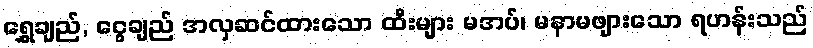
ရွှေချည်, ငွေချည် အလှဆင်ထားသော ထီးများ မအပ်၊ မနာမဖျားသော ရဟန်းသည်